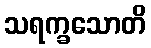
သရက္ခသောတိ